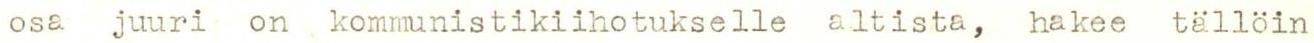
osa juuri on kommunistikiihotukselle altista, hakee tällöin